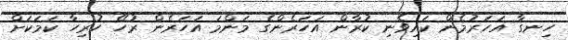
ހިނގާ އަހަރުމެން ކައިވެނި ކުރާން އަހަރެންގެ މަންމަ އަހަރެން ރުހޭ ހުރިހާ ކަމަކަށް